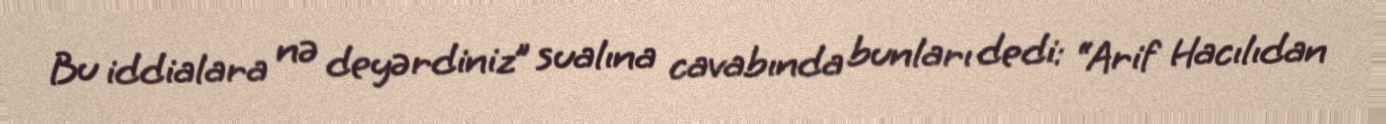
Bu iddialara nə deyərdiniz” sualına cavabında bunları dedi: “Arif Hacılıdan